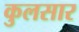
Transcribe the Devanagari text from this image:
कुलसार